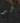
لو